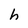
Character: h